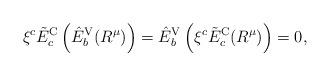
LaTeX: \begin{align*}\xi^c\tilde{E}^{\rm C}_c \left( \hat{E}^{\rm V}_b(R^\mu) \right) = \hat{E}^{\rm V}_b \left( \xi^c \tilde{E}^{\rm C}_c (R^\mu) \right) =0,\end{align*}